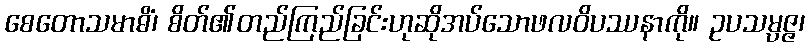
စေတောသမာဓိံ၊ စိတ်၏တည်ကြည်ခြင်းဟုဆိုအပ်သောဖလဝိပဿနာကို။ ဥပသမ္ပဇ္ဇ၊